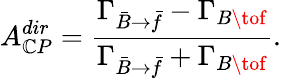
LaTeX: A_{\mathbb{C}P}^{dir}=\frac{{\Gamma_{\bar{{B}}\to\bar{{f}}}-\Gamma_{B\tof}}}{{\Gamma_{\bar{{B}}\to\bar{{f}}}+\Gamma_{B\tof}}}.